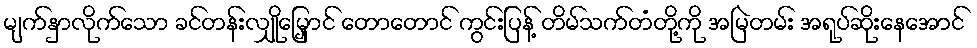
မျက်နှာလိုက်သော ခင်တန်းလျှိုမြှောင် တောတောင် ကွင်းပြန့် တိမ်သက်တံတို့ကို အမြဲတမ်း အရုပ်ဆိုးနေအောင်